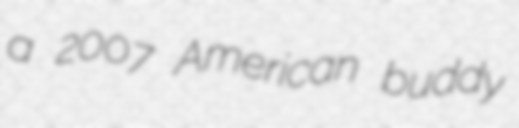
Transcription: a 2007 American buddy